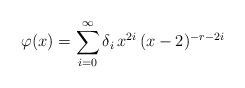
LaTeX: \begin{align*}\varphi(x)=\sum_{i= 0}^\infty \delta_i\, x^{2i}\,(x-2)^{-r-2i}\end{align*}